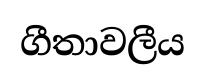
ගීතාවලීය